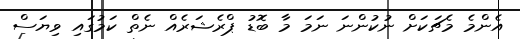
އެންމެ މެޗަކަށް ނުކުންނަ ނަމަ މާ ބޮޑު ޕްރެޝަރެއް ނެތް ކަމުގައި ވިޔަސް